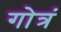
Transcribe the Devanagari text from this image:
गोत्रं